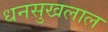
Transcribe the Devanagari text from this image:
धनसुखलाल